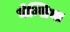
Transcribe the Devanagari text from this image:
भेन्सिया